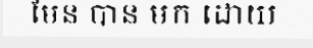
មែន បាន មក ដោយ